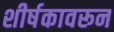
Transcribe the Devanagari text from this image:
शीर्षकावरून